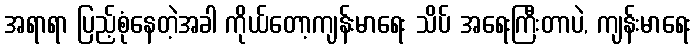
အရာရာ ပြည့်စုံနေတဲ့အခါ ကိုယ်တော့ကျန်းမာရေး သိပ် အရေးကြီးတာပဲ, ကျန်းမာရေး